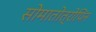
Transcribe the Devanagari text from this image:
सोमातोत्रोपिन